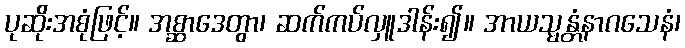
ပုဆိုးအစုံဖြင့်။ အစ္ဆာဒေတွာ၊ ဆက်ကပ်လှူဒါန်း၍။ အာယသ္မန္တံနာဂသေနံ၊